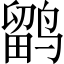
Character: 鹠